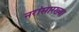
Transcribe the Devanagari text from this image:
नरांसारख्या